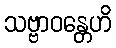
သဗ္ဗာဝန္တေဟိ